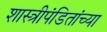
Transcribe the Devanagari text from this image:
शास्त्रीपंडितांच्या